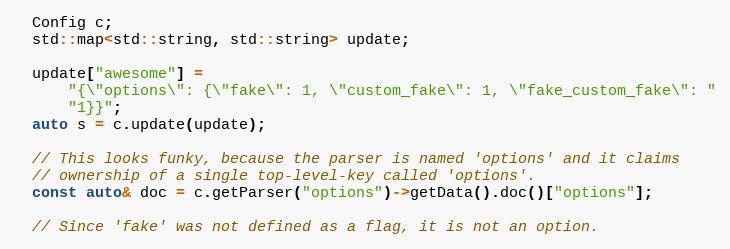
Language: C++
  Config c;
  std::map<std::string, std::string> update;

  update["awesome"] =
      "{\"options\": {\"fake\": 1, \"custom_fake\": 1, \"fake_custom_fake\": "
      "1}}";
  auto s = c.update(update);

  // This looks funky, because the parser is named 'options' and it claims
  // ownership of a single top-level-key called 'options'.
  const auto& doc = c.getParser("options")->getData().doc()["options"];

  // Since 'fake' was not defined as a flag, it is not an option.